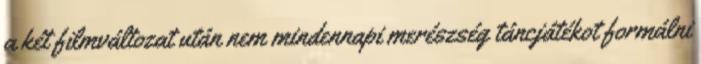
a két filmváltozat után nem mindennapi merészség táncjátékot formálni